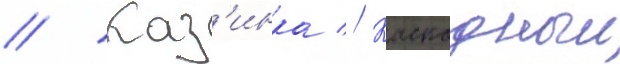
// Каз'инка // Каскадныи